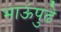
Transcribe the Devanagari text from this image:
भाऊंपुढे